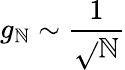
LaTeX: g_{\mathbb{N}}\sim\frac{{1}}{{\sqrt{}{{\mathbb{N}}}}}